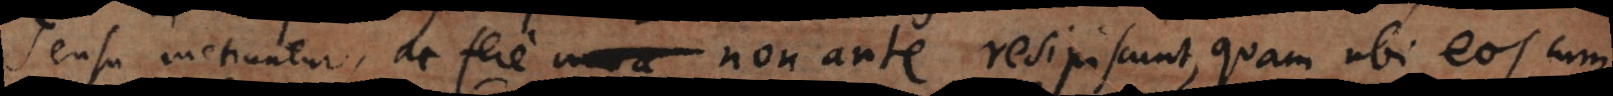
sensu metiuntur, ac fere non ante resipiscunt, quam ubi eos cum